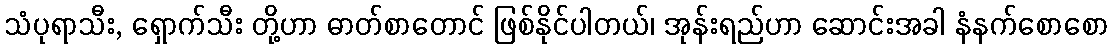
သံပုရာသီး, ရှောက်သီး တို့ဟာ ဓာတ်စာတောင် ဖြစ်နိုင်ပါတယ်၊ အုန်းရည်ဟာ ဆောင်းအခါ နံနက်စောစော